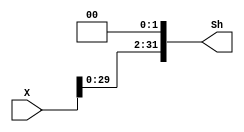
module SHIFTER32_L2(X,Sh);
input [31:0] X;
output [31:0] Sh;
assign Sh={X[29:0],2'b00};
endmodule